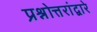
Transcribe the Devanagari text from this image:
प्रश्नोत्तरांद्वारे